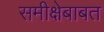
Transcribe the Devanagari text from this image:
समीक्षेबाबत